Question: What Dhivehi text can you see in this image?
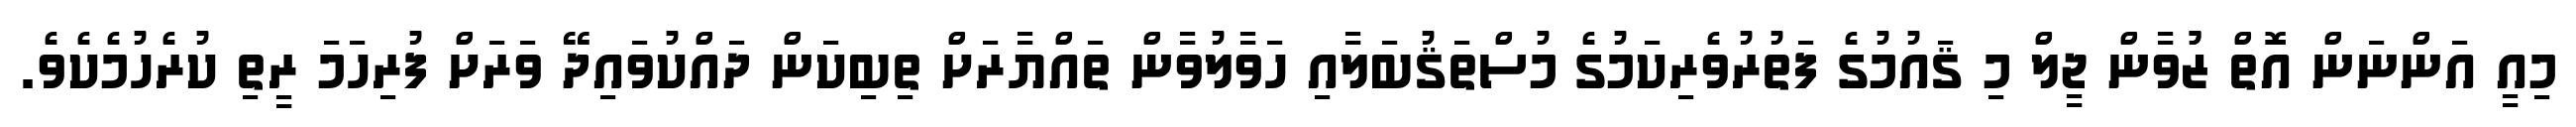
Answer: މިއީ އަންނަން އޮތް ޒުުވާން ޖީލް މި ޤައުމުގެ ފަތުރުވެރިކަމުގެ މުސްތަޤުބަލާއި ހަވާލުވާން ތައްޔާރަށް ތިބިކަން ދައްކުވައިދޭ ވަރަށް ފުރިހަމަ ރީތި ކުރެހުމެކެވެ.